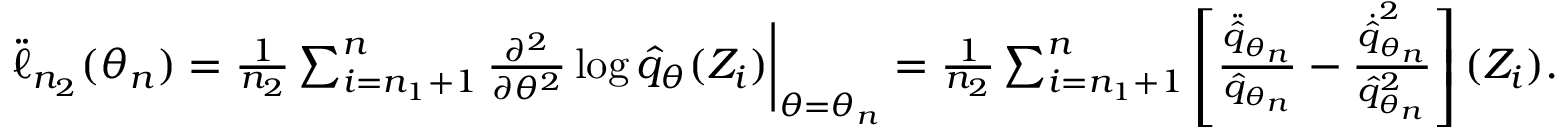
\begin{array} { r } { \ddot { \ell } _ { n _ { 2 } } ( \theta _ { n } ) = \frac { 1 } { n _ { 2 } } \sum _ { i = n _ { 1 } + 1 } ^ { n } \frac { \partial ^ { 2 } } { \partial \theta ^ { 2 } } \log \hat { q } _ { \theta } ( Z _ { i } ) \bigg | _ { \theta = \theta _ { n } } = \frac { 1 } { n _ { 2 } } \sum _ { i = n _ { 1 } + 1 } ^ { n } \left[ \frac { \ddot { \hat { q } } _ { \theta _ { n } } } { \hat { q } _ { \theta _ { n } } } - \frac { \dot { \hat { q } } _ { \theta _ { n } } ^ { 2 } } { \hat { q } _ { \theta _ { n } } ^ { 2 } } \right] ( Z _ { i } ) . } \end{array}